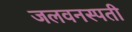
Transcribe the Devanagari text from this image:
जलवनस्पती